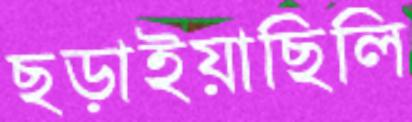
ছড়াইয়াছিলি